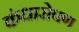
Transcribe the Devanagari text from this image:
कंधारोपण